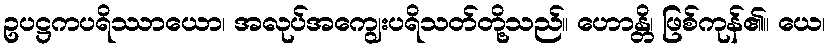
ဥပဋ္ဌကပရိဿာယော၊ အလုပ်အကျွေးပရိသတ်တို့သည်။ ဟောန္တိ၊ ဖြစ်ကုန်၏။ ယေ၊